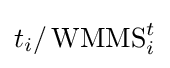
t_{i}/\operatorname {WMMS} _{i}^{t}